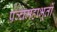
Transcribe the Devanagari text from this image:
पञ्चमहाभूतों